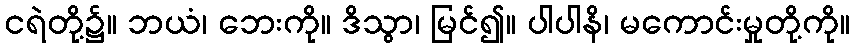
ငရဲတို့၌။ ဘယံ၊ ဘေးကို။ ဒိသွာ၊ မြင်၍။ ပါပါနိ၊ မကောင်းမှုတို့ကို။